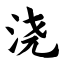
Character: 浇